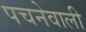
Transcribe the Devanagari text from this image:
पचनेवाली